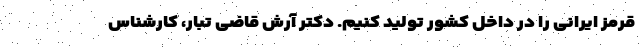
قرمز ایرانی را در داخل کشور تولید کنیم. دکتر آرش قاضی تبار، کارشناس